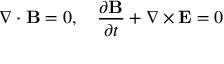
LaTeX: \nabla \cdot \mathbf { B } = 0 , \quad { \frac { \partial \mathbf { B } } { \partial t } } + \nabla \times \mathbf { E } = 0